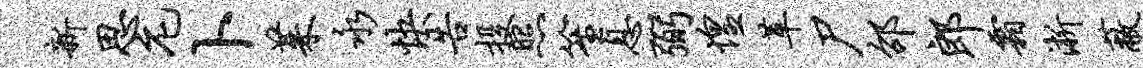
新思庀卜茱永快告投照笙息弼惶革尸邵郎霜淅蔽